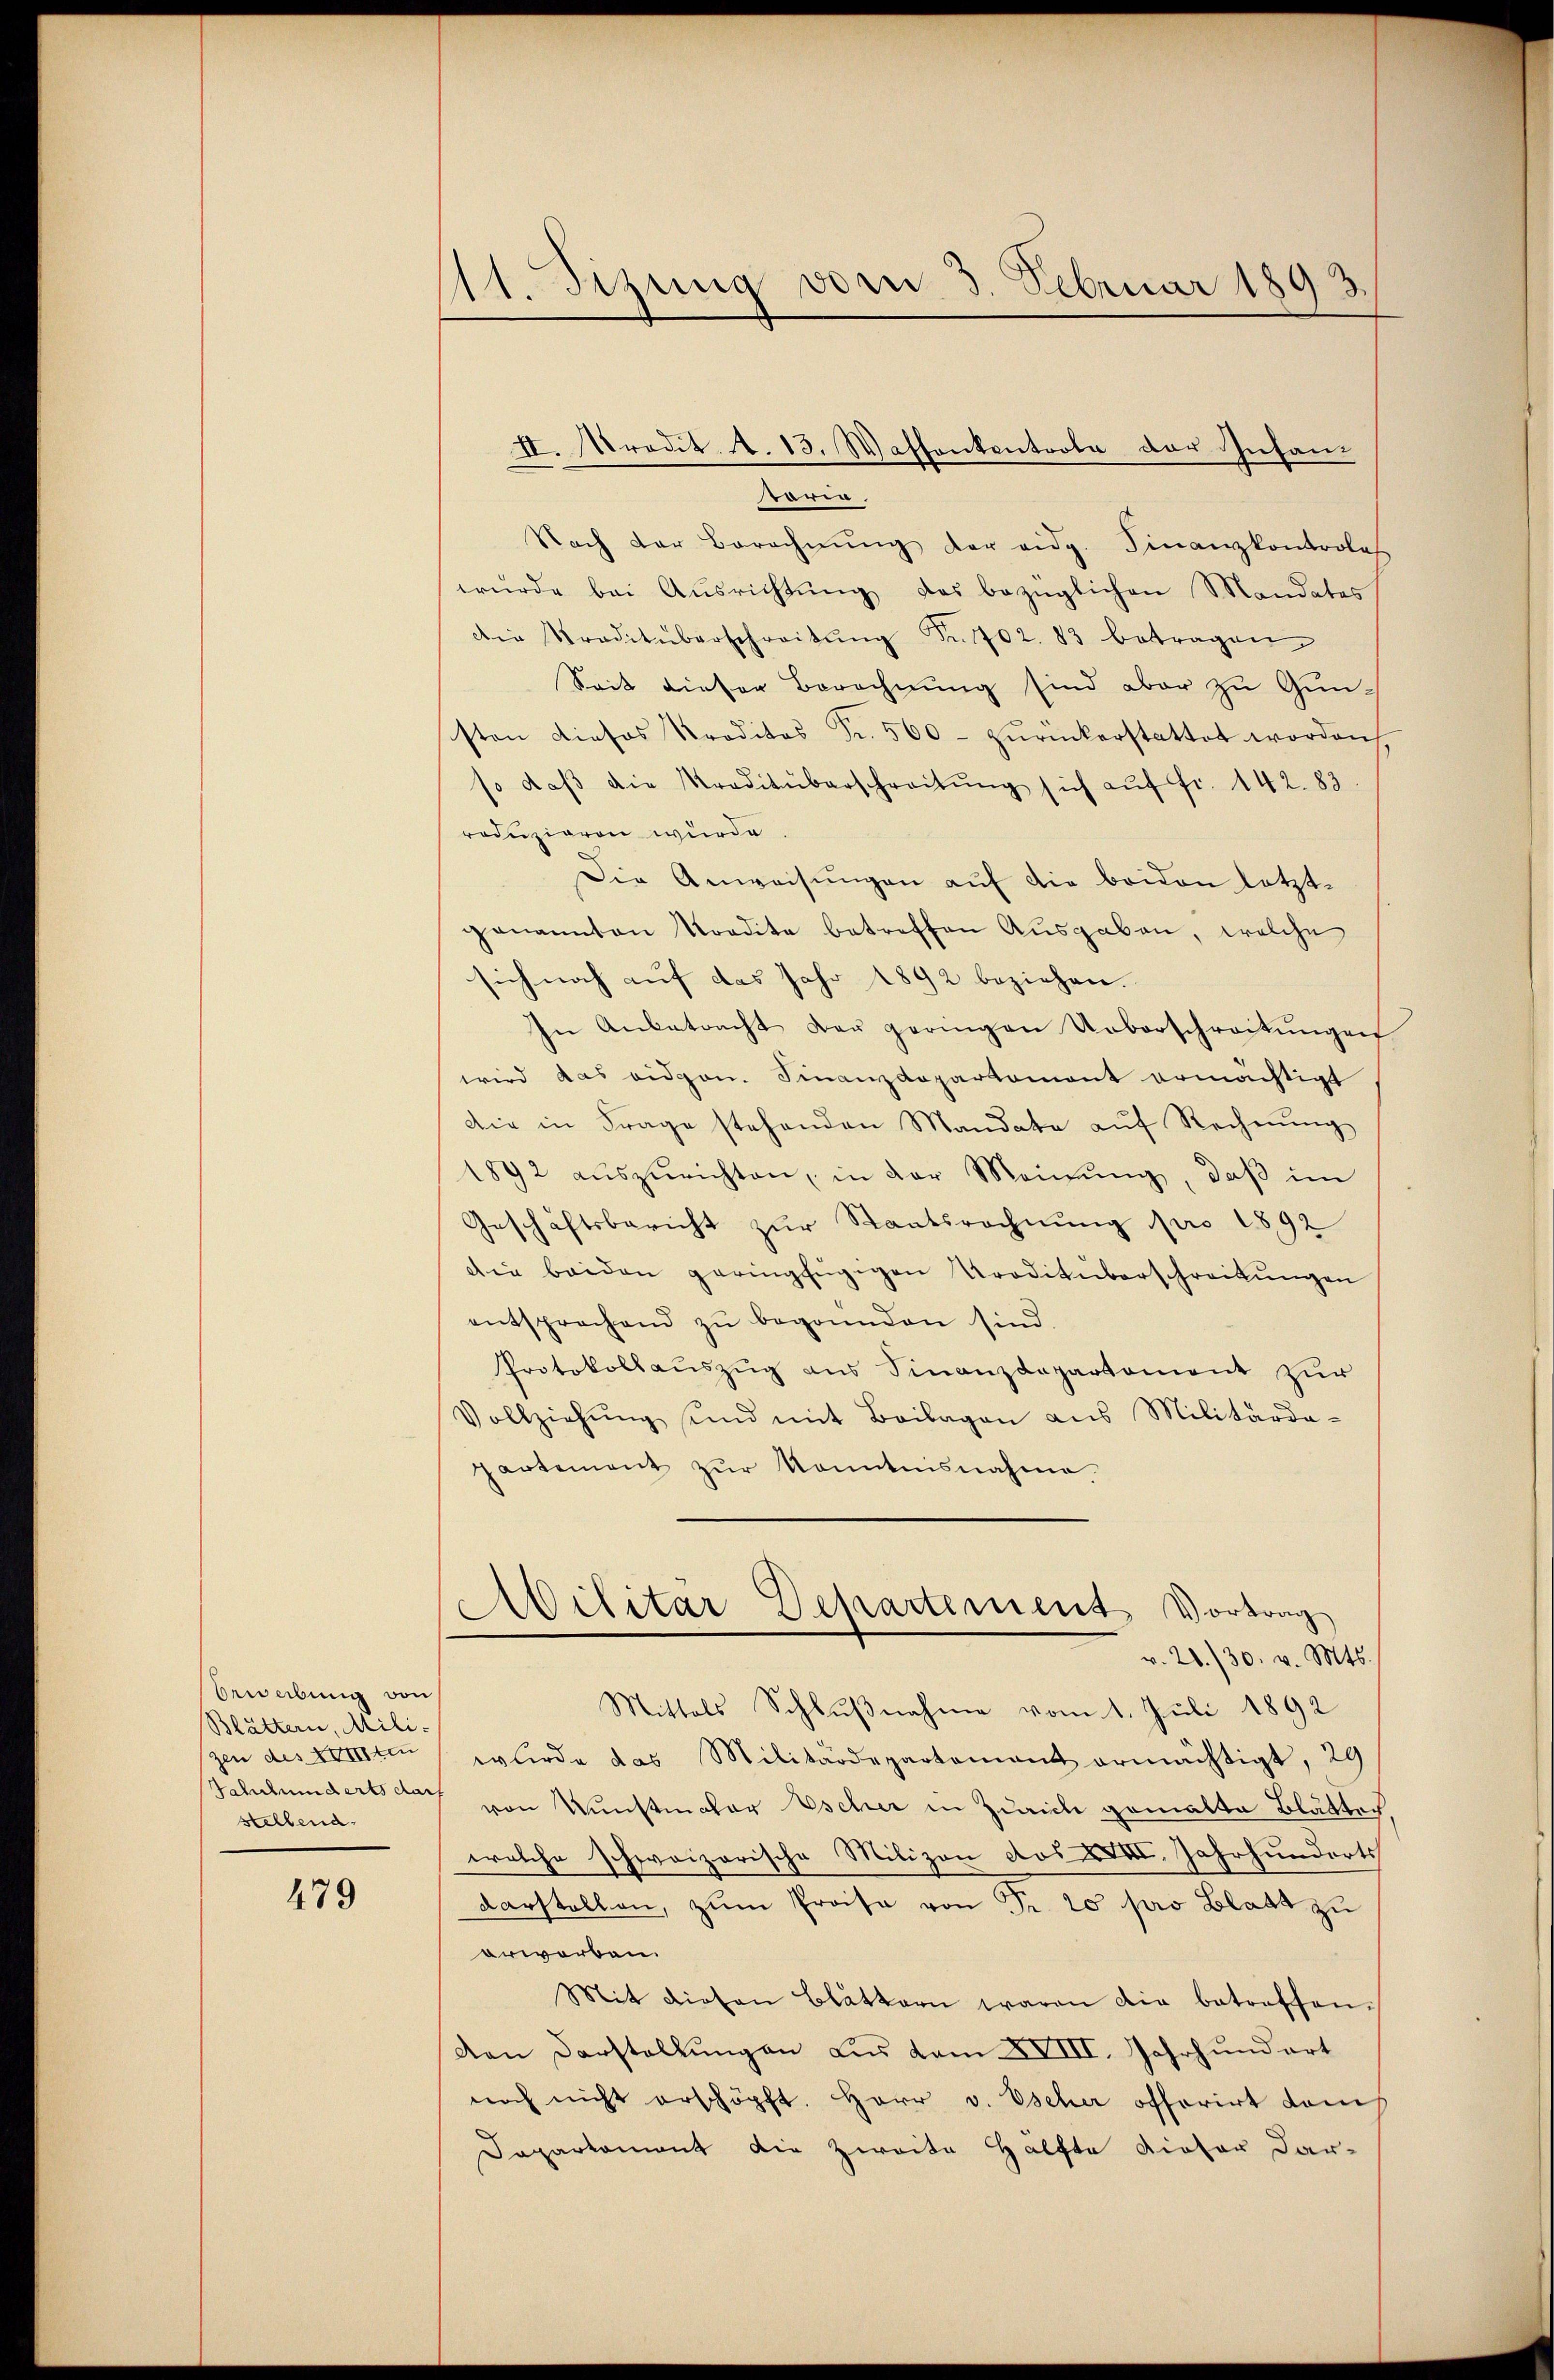
bewerbung von
Blättern, Mili-
zen des Kriten
stellena.

479

11. Sizung von 3. Februar 1893.

worin
Nach der Berechnŭng der eidg. Finanzkontrolas
wŭrde bei Aŭsrichtŭng das bezüglichen Mandates
Die Traditüberschreitŭng Fr. 102. 83 betragen
Seit dieser Berechnung sind aber zu Gunsisten dieses Preditas Fr. 560. zŭrückerstattet worden,
so daβ die Traditüberschreitŭng sich aŭf fr. 142. 83.
roduzieren wurde
Die Anweisungen auf die beiden letztgenannten Kordite betreffen Aŭsgaben, welche
sich noch auf das Jahr 1892 beziehen. |
In Anbetracht der geringen Ueberschreitŭngen
wird das eidgen. Finanzdepartemont ermächtigt
die in Frage stehenden Mandate auf Rechnung
1892 aŭszŭrichten, in der Meinŭng, daβ im
Geschäftsbericht zŭr Staatsrechnung pro 1892
die beiden geringfügigen Troditüberschreitŭngen
entsprochend zŭ begründen sind.
Protokollauszug aus Finanzdepartement zur
Vollziehŭng und mit Beilagen ans Militärda-
partement zŭr Kenntnisnahme
Abilitar Departement Vortrag
v. 28./30. v. Mts.
Mittels Schlußnahme vom 1. Juli 1892
wurde das Militärdepartement ermächtigt, 29/
Jahrhunderts dar von Kunstmator Escher in Zürich gemalte Blätter.
welche schweizerische Milizon dos XVIII. Jahrhunderts
darstellen, zum Proisa von Fr. 20 pro Blatt zu
erworben.
Mit diesen Blättern waren die betreffen.
Von Darstellungen aus vom XVIII. Jahrhundart
noch nicht erschöpft. Herr v. Escher offerirt danch
Daparkament die Zweite Hälfte dieser Dar-

II. Prodit. A. 13. Wassenkontrole der Insan¬